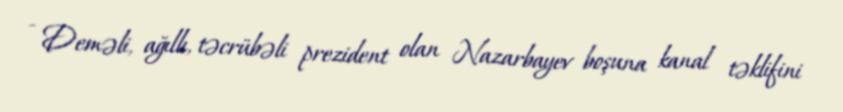
- Deməli, ağıllı, təcrübəli prezident olan Nazarbayev boşuna kanal təklifini